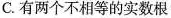
C.有两个不相等的实数根